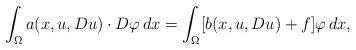
LaTeX: \begin{align*} \int_\Omega a(x,u,Du)\cdot D\varphi\, dx = \int_\Omega [b(x,u,Du) +f]\varphi\, dx, \end{align*}